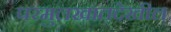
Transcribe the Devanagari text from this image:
परमुलखातदेखील